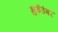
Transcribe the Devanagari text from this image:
भुईउंबर